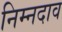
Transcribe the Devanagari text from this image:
निम्नदाव